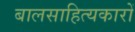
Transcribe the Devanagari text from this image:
बालसाहित्‍यकारों